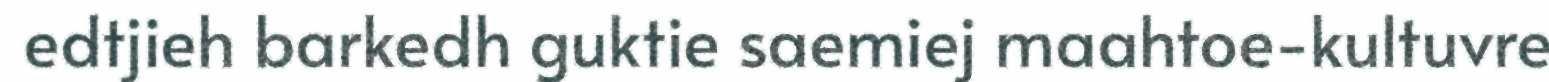
edtjieh barkedh guktie saemiej maahtoe-kultuvre